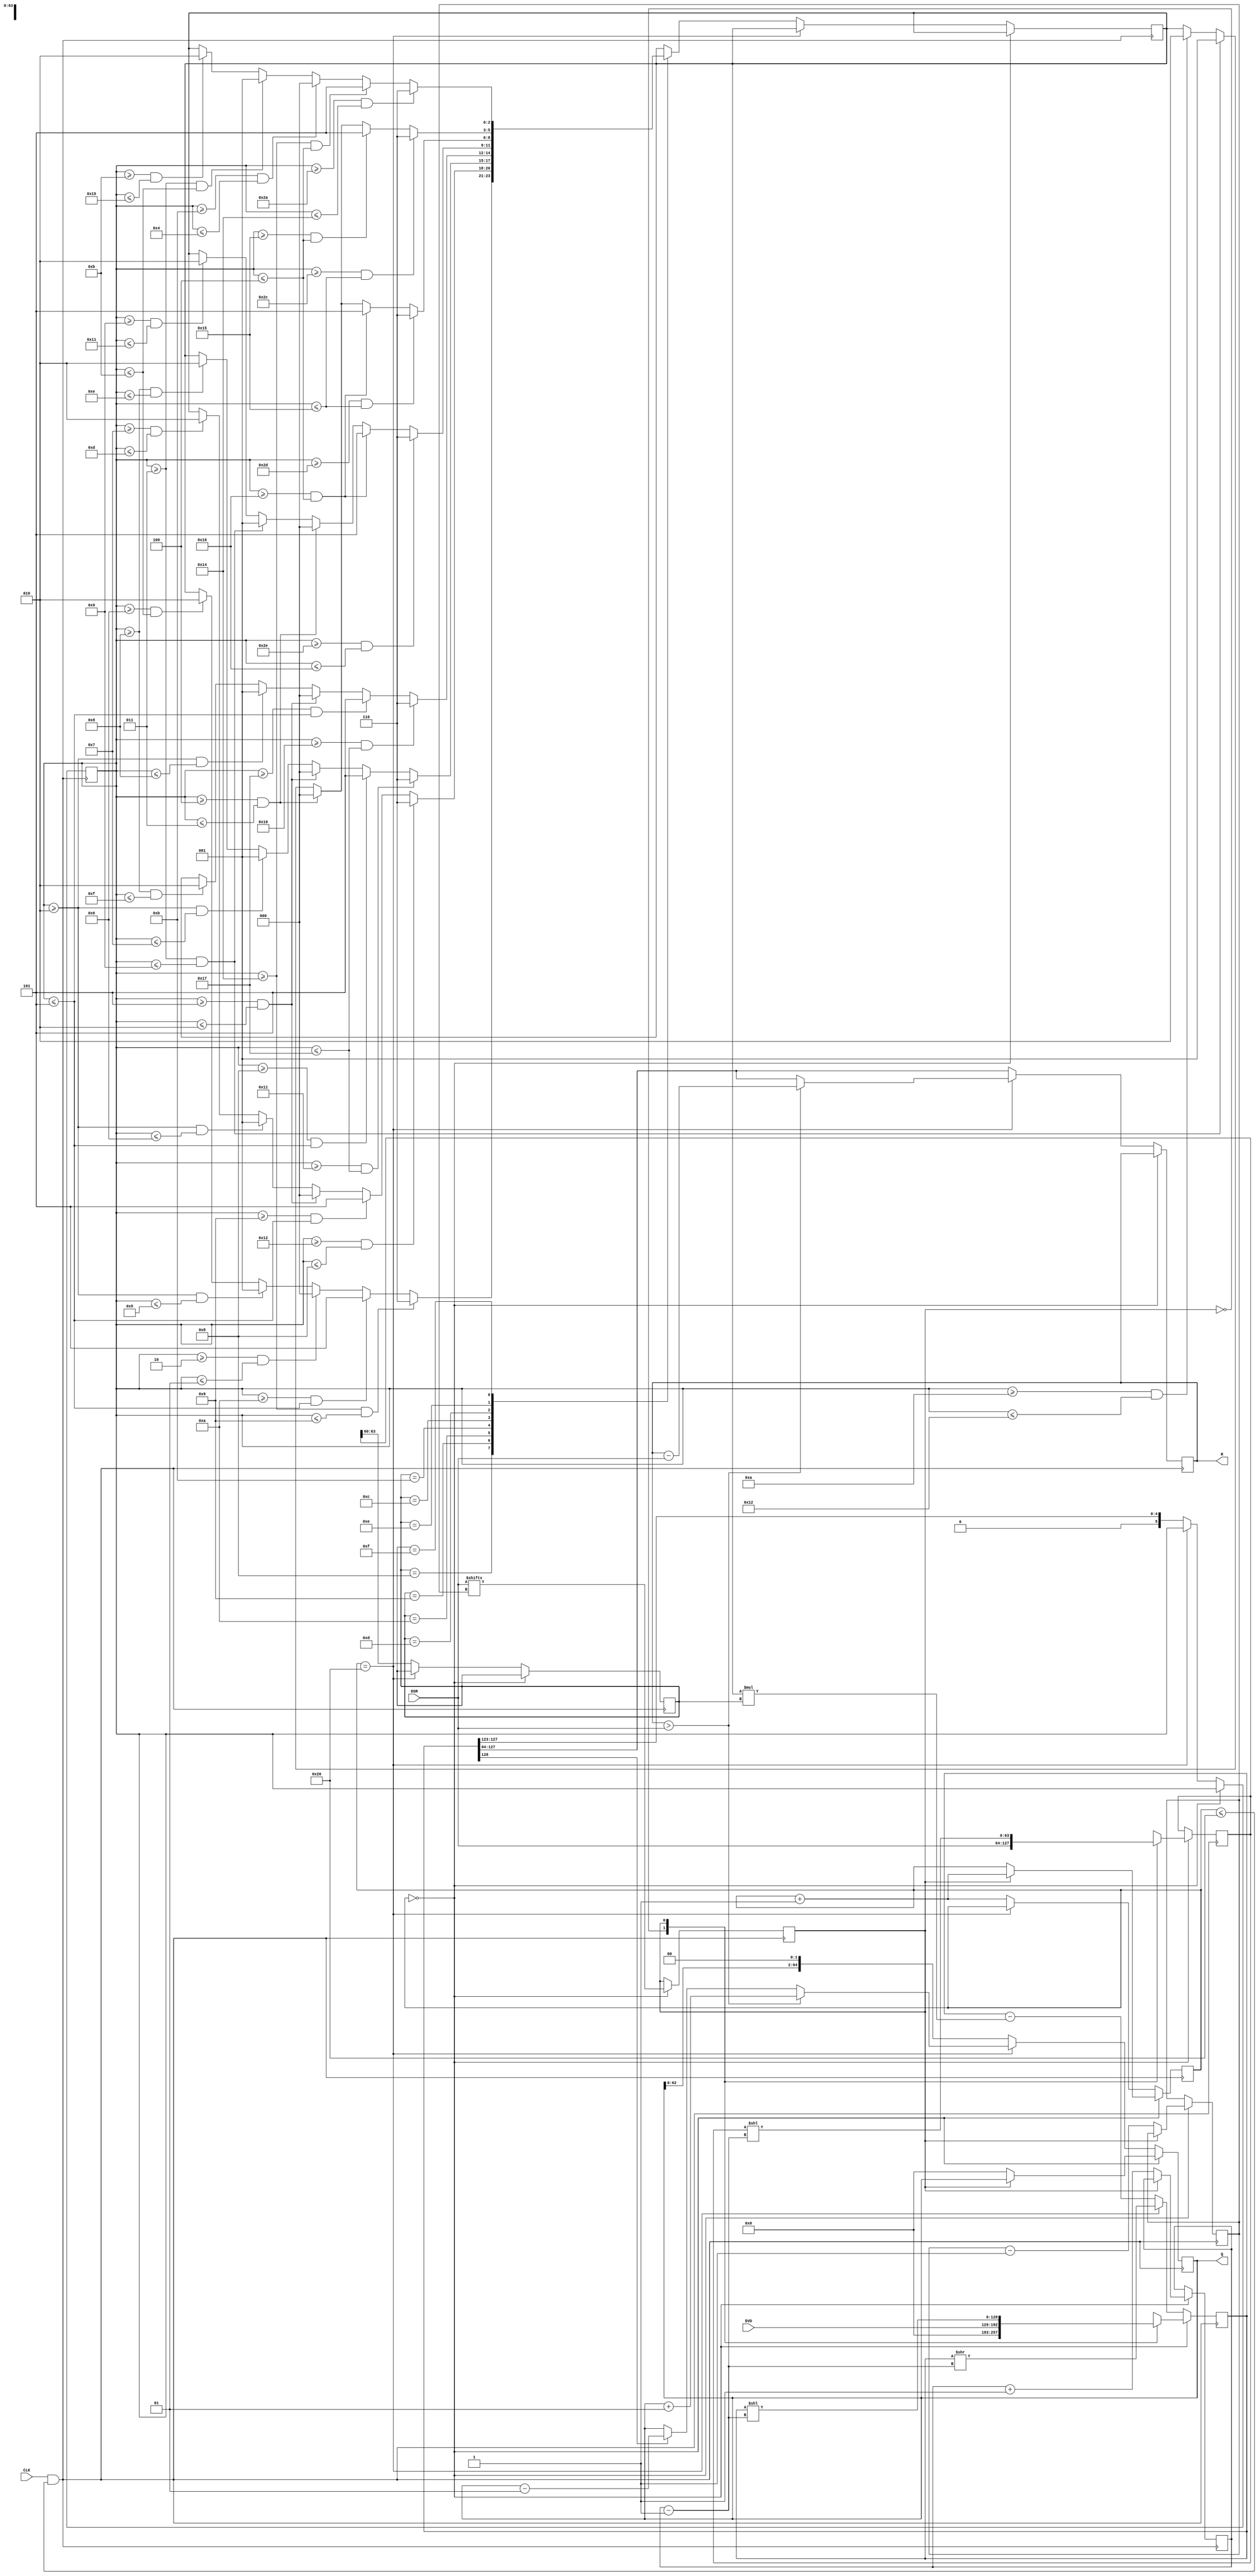
module SRTdiv(CLK, DVD, DSR, Q, R);

input CLK;
input [63:0] DVD, DSR; // DVD = dividend; DSR = divisor
output reg signed [64:0] Q; //quotient
output reg [63:0] R; //remainder

reg signed [128:0] rq; //remainder/quotient register

reg signed [ 64:0] P, temp;

reg [ 5:0] i =  0; // cycle count
reg [63:0] N = 63; // getting first 1 bit location
reg [63:0] c =  0; // counting leading zeros
reg [ 3:0] b =  0; // top 4 bit equivalent in lookup table
reg signed [5:0] p;
reg signed [2:0] q;
reg [63:0] dsr;

reg rbit;

always @(posedge CLK & i <= 32)
begin
  if (i == 0) begin
    rbit <= DSR[N];
    case (rbit)
      1'b0 : begin
        N <= N - 1'b1; //locating the first 1'b1
        c <= c + 1'b1; //counter for lading 0s

        rq <= {{64{1'b0}}, DVD[63:0]}; // setting values
        dsr <= DSR;
        Q <= 0;
        temp <= {1'b0, DSR[63:0]};
      end
 
      1'b1 : begin
        i   <= i + 1;
        rq  <= rq << c - 1; //shift all reg by c-bits
        dsr <= dsr << c - 1;
      end
    endcase
  end
  
  else if (i == 32) begin
    if (rq[128] == 1'b1) begin
      rq <= rq + b;
      Q <= Q - 1;
    end
    
    rq <= rq >> c - 1;
    R <= rq[127:64];
    
    if(R > DSR) begin
      Q <= Q + 1;
      R <= R - DSR;
    end
  end
  
  else begin
    P <= rq[128:64];
    R <= rq[127:64];
    b <= dsr[63:60];
    p <= rq[127:123];
    
    case (b)
      4'b1000 : begin
        if      (p >= -12 && p <=  -7) q <= 3'b110; 
        else if (p >=  -6 && p <=  -3) q <= 3'b101;
        else if (p >=  -2 && p <=   1) q <= 3'b000;
        else if (p >=   2 && p <=   5) q <= 3'b001;
        else if (p >=   6 && p <=  11) q <= 3'b010;
      end
      4'b1001 : begin
        if      (p >= -14 && p <=  -8) q <= 3'b110; 
        else if (p >=  -7 && p <=  -3) q <= 3'b101;
        else if (p >=  -3 && p <=   2) q <= 3'b000;
        else if (p >=   2 && p <=   6) q <= 3'b001;
        else if (p >=   7 && p <=  13) q <= 3'b010;
      end 
      4'b1010 : begin
        if      (p >= -15 && p <=  -9) q <= 3'b110; 
        else if (p >=  -8 && p <=  -3) q <= 3'b101;
        else if (p >=  -3 && p <=   2) q <= 3'b000;
        else if (p >=   2 && p <=   7) q <= 3'b001;
        else if (p >=   8 && p <=  14) q <= 3'b010;
      end	
      4'b1011 : begin
        if      (p >= -16 && p <=  -9) q <= 3'b110; 
        else if (p >=  -9 && p <=  -3) q <= 3'b101;
        else if (p >=  -3 && p <=   2) q <= 3'b000;
        else if (p >=   2 && p <=   8) q <= 3'b001;
        else if (p >=   8 && p <=  15) q <= 3'b010;
      end
      4'b1100 : begin
        if      (p >= -18 && p <= -10) q <= 3'b110; 
        else if (p >= -10 && p <=  -4) q <= 3'b101;
        else if (p >=  -4 && p <=   3) q <= 3'b000;
        else if (p >=   3 && p <=   9) q <= 3'b001;
        else if (p >=   9 && p <=  17) q <= 3'b010;
      end
      4'b1101 : begin
        if      (p >= -19 && p <= -11) q <= 3'b110; 
        else if (p >= -10 && p <=  -4) q <= 3'b101;
        else if (p >=  -4 && p <=   3) q <= 3'b000;
        else if (p >=   3 && p <=   9) q <= 3'b001;
        else if (p >=  10 && p <=  18) q <= 3'b010;
      end
      4'b1110 : begin
        if      (p >= -20 && p <= -11) q <= 3'b110; 
        else if (p >= -11 && p <=  -4) q <= 3'b101;
        else if (p >=  -4 && p <=   3) q <= 3'b000;
        else if (p >=   3 && p <=   9) q <= 3'b001;
        else if (p >=  10 && p <=  18) q <= 3'b010;
      end	 
      4'b1111 : begin
        if      (p >= -22 && p <= -12) q <= 3'b110; 
        else if (p >= -12 && p <=  -4) q <= 3'b101;
        else if (p >=  -5 && p <=   4) q <= 3'b000;
        else if (p >=   3 && p <=  11) q <= 3'b001;
        else if (p >=  11 && p <=  21) q <= 3'b010;
      end	
      endcase
    
    rq <= rq << 2;
    rq <= rq - q*b;
    Q <= Q + q;
    Q <= Q << 2;
    
    i = i + 1;  
   // end 
  end
end
endmodule
module SRTdiv_tb();
reg CLK;
reg [63:0] DVD, DSR;
wire[63:0] Q, R;

SRTdiv dut(CLK, DVD, DSR, Q, R);
initial
begin
  CLK = 0; DVD=149; DSR=5;
  #1000 $stop;
end 
always #1 CLK = !CLK;
endmodule